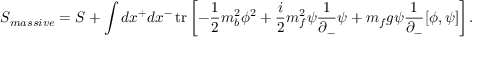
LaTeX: S _ { m a s s i v e } = S + \int d x ^ { + } d x ^ { - } \, \mathrm { t r } \left[ - \frac { 1 } { 2 } m _ { b } ^ { 2 } \phi ^ { 2 } + \frac { i } { 2 } m _ { f } ^ { 2 } \psi \frac { 1 } { \partial _ { - } } \psi + m _ { f } g \psi \frac { 1 } { \partial _ { - } } [ \phi , \psi ] \right] .